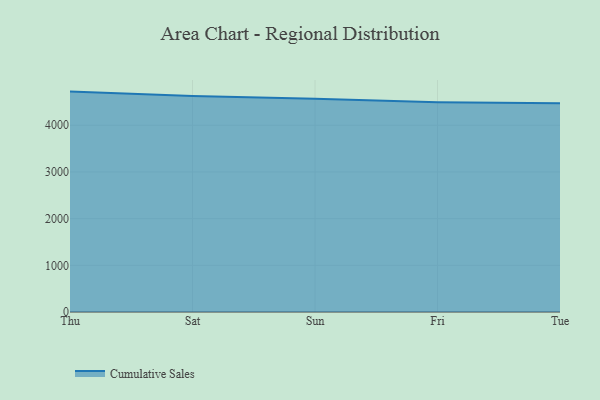
{"axis": {"x": "Day", "y": "Production Output"}, "legend": ["Cumulative Sales"], "data": [{"x": "Thu", "y": 4721.4, "type": "Cumulative Sales"}, {"x": "Sat", "y": 4629.5, "type": "Cumulative Sales"}, {"x": "Sun", "y": 4569.7, "type": "Cumulative Sales"}, {"x": "Fri", "y": 4490.6, "type": "Cumulative Sales"}, {"x": "Tue", "y": 4469.4, "type": "Cumulative Sales"}]}